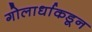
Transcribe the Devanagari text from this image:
गोलार्धाकडून